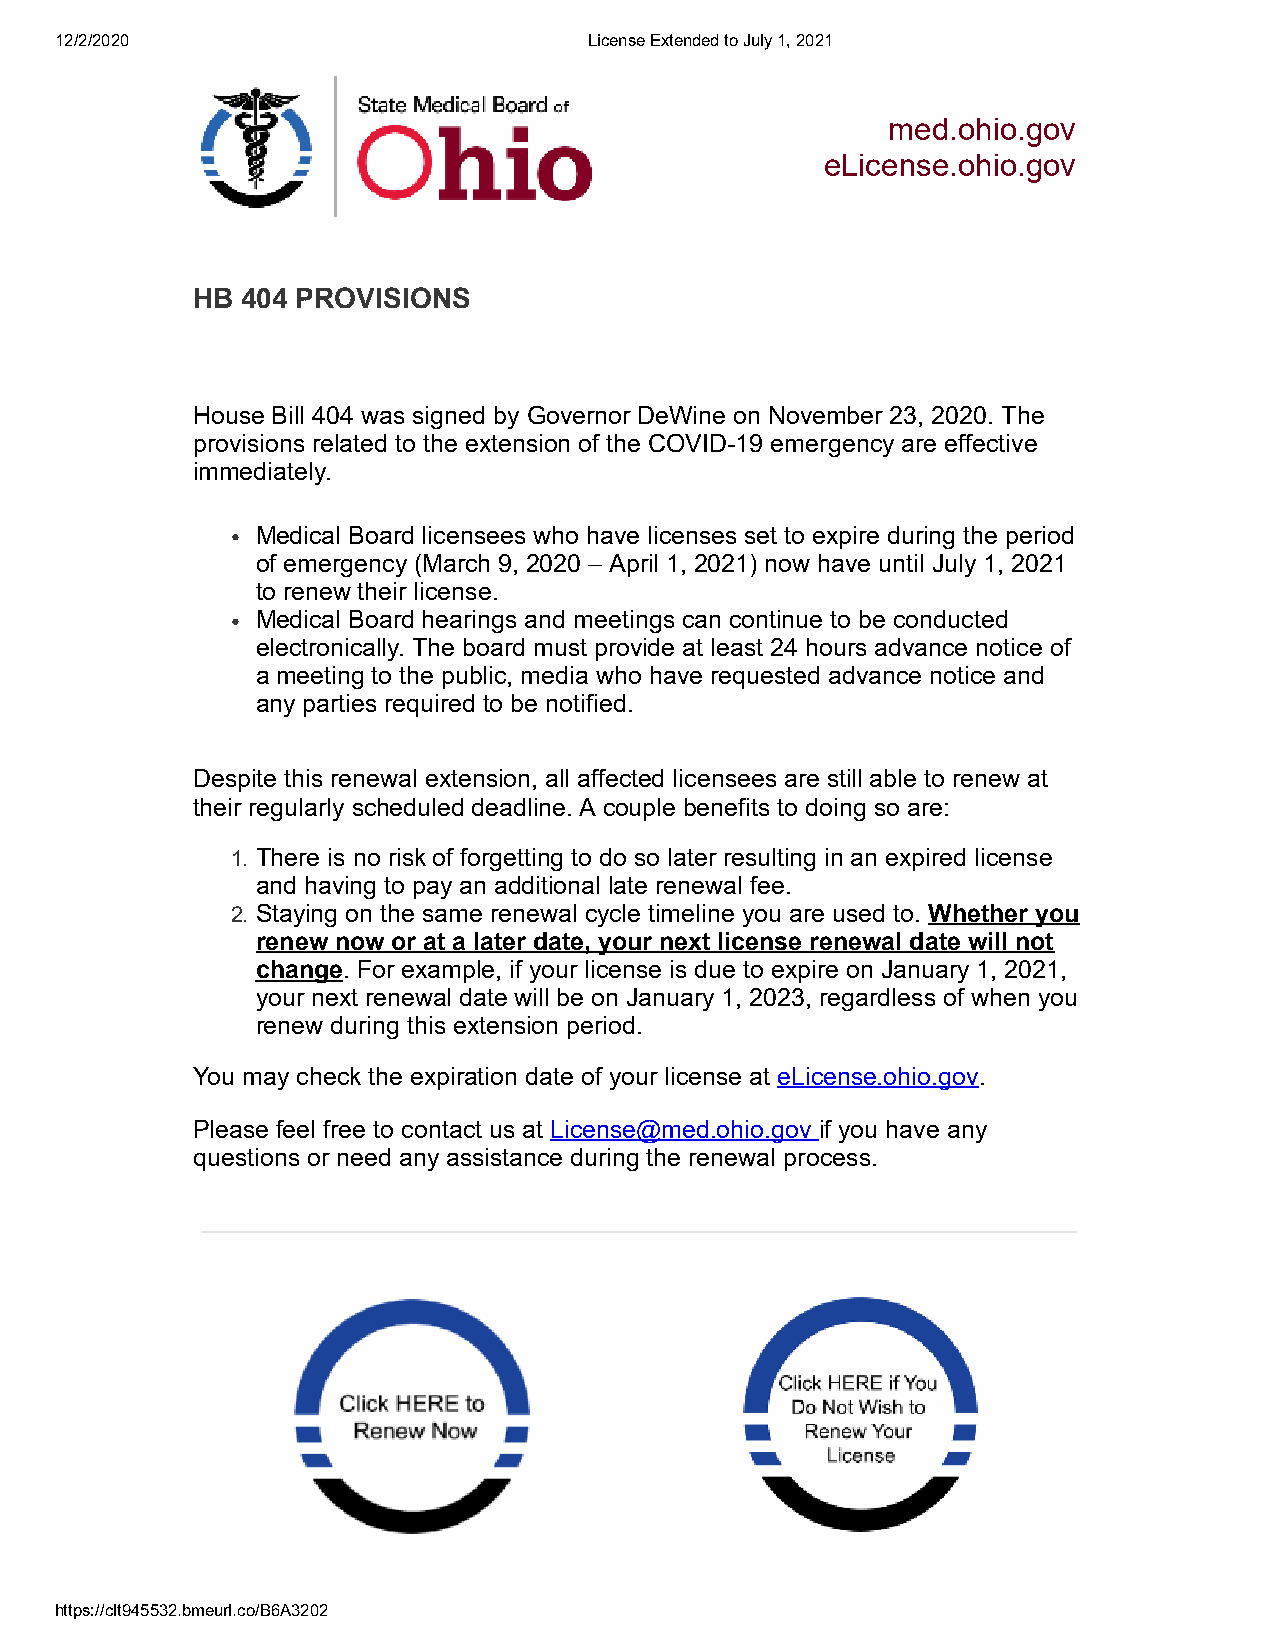
12/2/2020                          License Extended to July 1, 2021
 med.ohio.gov
 eLicense.ohio.gov
 HB 404 PROVISIONS
 House Bill 404 was signed by Governor DeWine on November 23, 2020. The
 provisions related to the extension of the COVID-19 emergency are effective
 immediately.
 Medical Board licensees who have licenses set to expire during the period
 of emergency (March 9, 2020 – April 1, 2021) now have until July 1, 2021
 to renew their license.
 Medical Board hearings and meetings can continue to be conducted
 electronically. The board must provide at least 24 hours advance notice of
 a meeting to the public, media who have requested advance notice and
 any parties required to be notified.
 Despite this renewal extension, all affected licensees are still able to renew at
 their regularly scheduled deadline. A couple benefits to doing so are:
 1. There is no risk of forgetting to do so later resulting in an expired license
 and having to pay an additional late renewal fee.
 2. Staying on the same renewal cycle timeline you are used to. Whether you
 renew now or at a later date, your next license renewal date will not
 change. For example, if your license is due to expire on January 1, 2021,
 your next renewal date will be on January 1, 2023, regardless of when you
 renew during this extension period.
 You may check the expiration date of your license at eLicense.ohio.gov.
 Please feel free to contact us at License@med.ohio.gov if you have any
 questions or need any assistance during the renewal process.
 https://clt945532.bmeurl.co/B6A3202